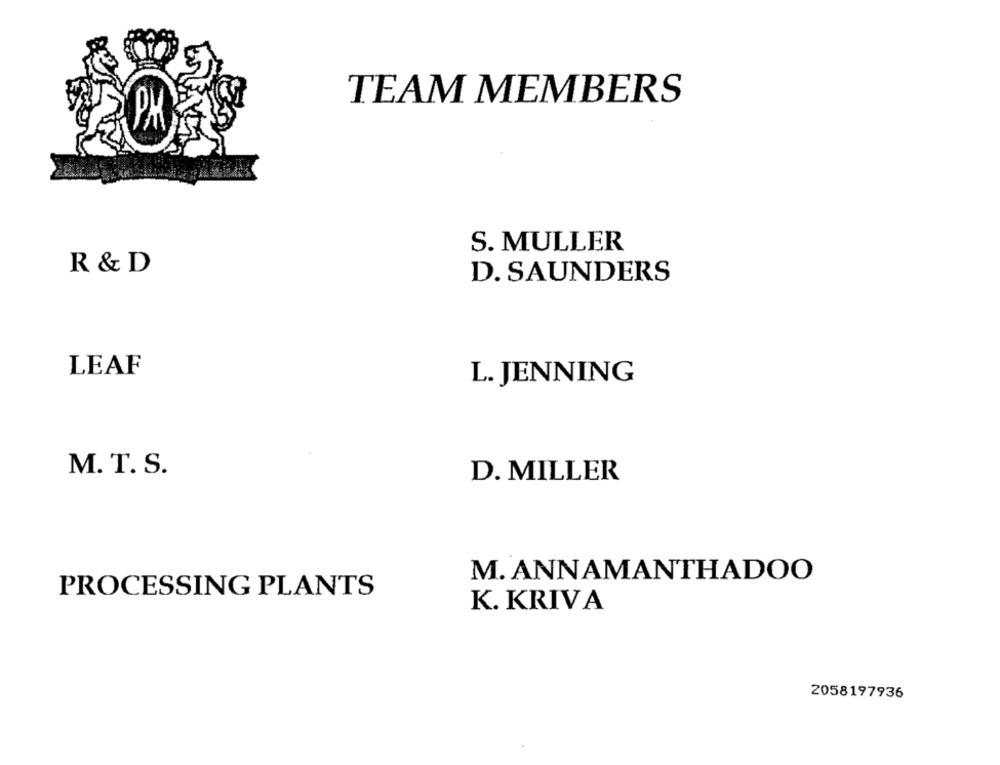
TEAM MEMBERS
PR
S. MULLER
R & D
D. SAUNDERS
LEAF
L. JENNING
M. T. S.
D. MILLER
M. ANNAMANTHADOO
PROCESSING PLANTS
K. KRIVA
2058197936